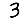
Digit: 3